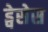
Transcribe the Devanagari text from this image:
ड्वेसेस